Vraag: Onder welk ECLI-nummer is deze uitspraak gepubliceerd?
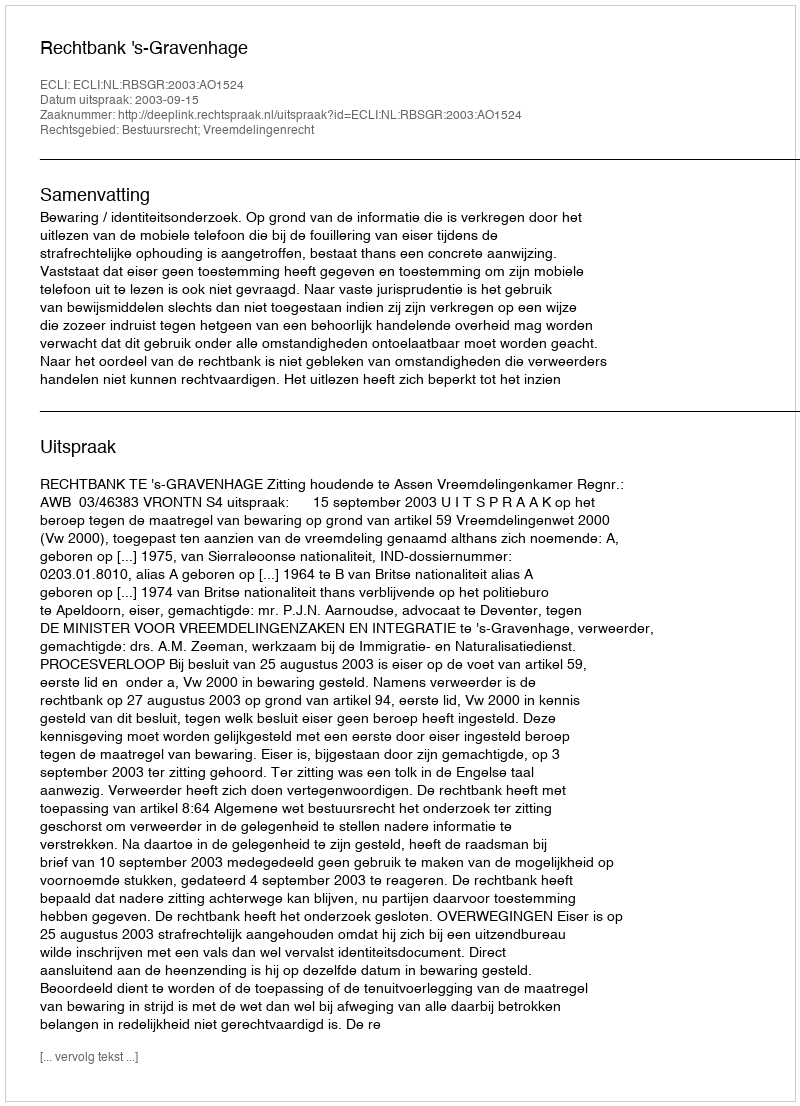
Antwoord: ECLI:NL:RBSGR:2003:AO1524